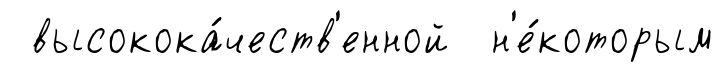
высокока́честв'енной н'е́которым